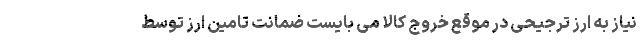
نیاز به ارز ترجیحی در موقع خروج کالا می بایست ضمانت تامین ارز توسط